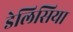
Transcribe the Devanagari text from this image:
डेलिसिया